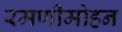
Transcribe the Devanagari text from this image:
रमणीमोहन